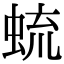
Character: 䖻